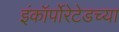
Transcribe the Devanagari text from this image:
इंकॉर्पोरेटेडच्या